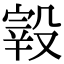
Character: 𣪮